Treatise on elephants
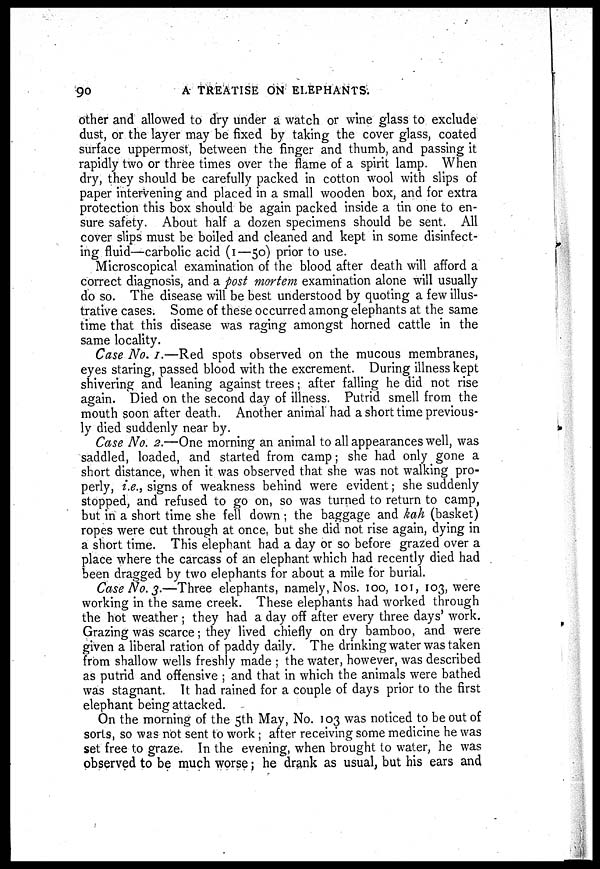
90
A TREATISE ON ELEPHANTS.
other and allowed to dry under a watch or wine glass to exclude
dust, or the layer may be fixed by taking the cover glass, coated
surface uppermost, between the finger and thumb, and passing it
rapidly two or three times over the flame of a spirit lamp. When
dry, they should be carefully packed in cotton wool with slips of
paper intervening and placed in a small wooden box, and for extra
protection this box should be again packed inside a tin one to en-
sure safety. About half a dozen specimens should be sent. All
cover slips must be boiled and cleaned and kept in some disinfect-
ing fluid—carbolic acid (1—50) prior to use.
Microscopical examination of the blood after death will afford a
correct diagnosis, and a post mortem examination alone will usually
do so. The disease will be best understood by quoting a few illus-
trative cases. Some of these occurred among elephants at the same
time that this disease was raging amongst horned cattle in the
same locality.
Case No. 1.—Red spots observed on the mucous membranes,
eyes staring, passed blood with the excrement. During illness kept
shivering and leaning against trees; after falling he did not rise
again. Died on the second day of illness. Putrid smell from the
mouth soon after death. Another animal had a short time previous-
ly died suddenly near by.
Case No. 2.—One morning an animal to all appearances well, was
saddled, loaded, and started from camp; she had only gone a
short distance, when it was observed that she was not walking pro-
perly, i.e., signs of weakness behind were evident; she suddenly
stopped, and refused to go on, so was turned to return to camp,
but in a short time she fell down ; the baggage and kah (basket)
ropes were cut through at once, but she did not rise again, dying in
a short time. This elephant had a day or so before grazed over a
place where the carcass of an elephant which had recently died had
been dragged by two elephants for about a mile for burial.
Case No. 3.—Three elephants, namely, Nos. 100, 101, 103, were
working in the same creek. These elephants had worked through
the hot weather ; they had a day off after every three days' work.
Grazing was scarce; they lived chiefly on dry bamboo, and were
given a liberal ration of paddy daily. The drinking water was taken
from shallow wells freshly made ; the water, however, was described
as putrid and offensive ; and that in which the animals were bathed
was stagnant. It had rained for a couple of days prior to the first
elephant being attacked.
On the morning of the 5th May, No. 103 was noticed to be out of
sorts, so was not sent to work ; after receiving some medicine he was
set free to graze. In the evening, when brought to water, he was
observed to be much worse; he drank as usual, but his ears and